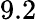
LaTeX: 9.2